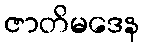
ဇာတိမဒေန